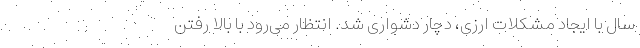
سال با ایجاد مشکلات ارزی، دچار دشواری شد. انتظار می‌رود با بالا رفتن